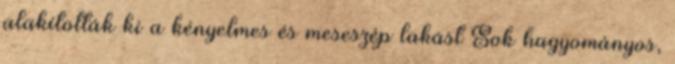
alakították ki a kényelmes és meseszép lakást Sok hagyományos,